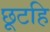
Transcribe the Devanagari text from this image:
छूटहि